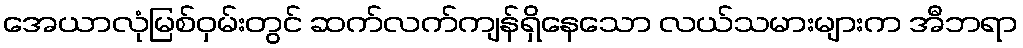
အေယာလုံမြစ်ဝှမ်းတွင် ဆက်လက်ကျန်ရှိနေသော လယ်သမားများက အီဘရာ